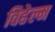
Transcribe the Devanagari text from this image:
विहेल्म